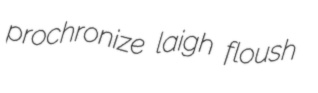
prochronize laigh floush